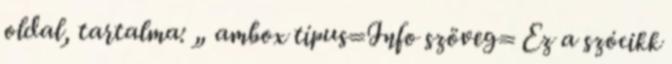
oldal, tartalma: „ ambox típus=Info szöveg= Ez a szócikk